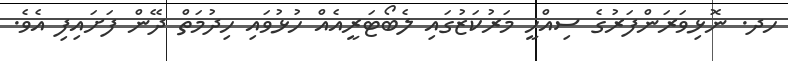
ހދ. ނޮޅިވަރަންފަރުގެ ސިއްހީ މަރުކަޒުގައި ލެބޯޓަރީއެއް ހުޅުވައި ހިދުމަތް ދޭން ފަށައިފި އެވެ.